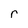
Character: r